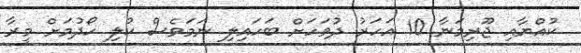
ކުއްޔާއި ޖޫރިމަނާ 10 އަހަރު ދުވަހަށް ބަހައިލި ނަމަވެސް ކުލި ހޯދުމަށް މީރާ